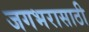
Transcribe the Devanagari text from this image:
जगभरासाठी